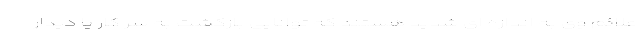
علائم وی به اندازه ای شدید هستند که توانایی بازگشت به سر کار یا دیدار